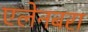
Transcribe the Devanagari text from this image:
एलेनबरा